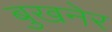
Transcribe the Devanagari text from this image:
बुखनेर